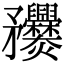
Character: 𥎤